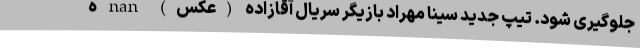
جلوگیری شود. تیپ جدید سینا مهراد بازیگر سریال آقازاده (عکس) nan ه